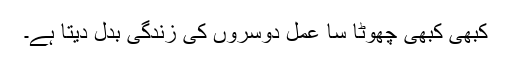
کبھی کبھی چھوٹا سا عمل دوسروں کی زندگی بدل دیتا ہے۔